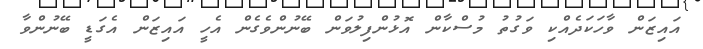
އައިޒަން ވާހަކަދެއްކި ވަގުތު މުސްކާން އޮޅުންފިލުވަން ބޭނުންވެގެން އެހީ އައިޒަން އެގަޑީ ބޭނުންވާ